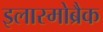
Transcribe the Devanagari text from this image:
इलास्मोब्रैक